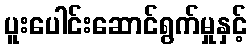
ပူးပေါင်းဆောင်ရွက်မှုနှင့်